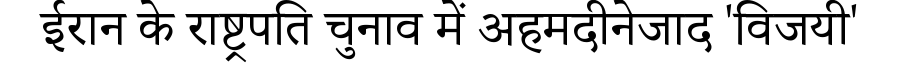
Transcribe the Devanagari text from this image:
ईरान के राष्ट्रपति चुनाव में अहमदीनेजाद 'विजयी'